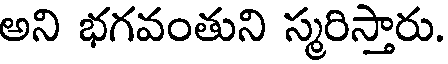
అని భగవంతుని స్మరిస్తారు.